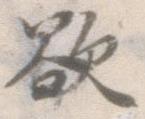
欲